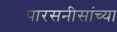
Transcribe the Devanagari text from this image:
पारसनीसांच्या